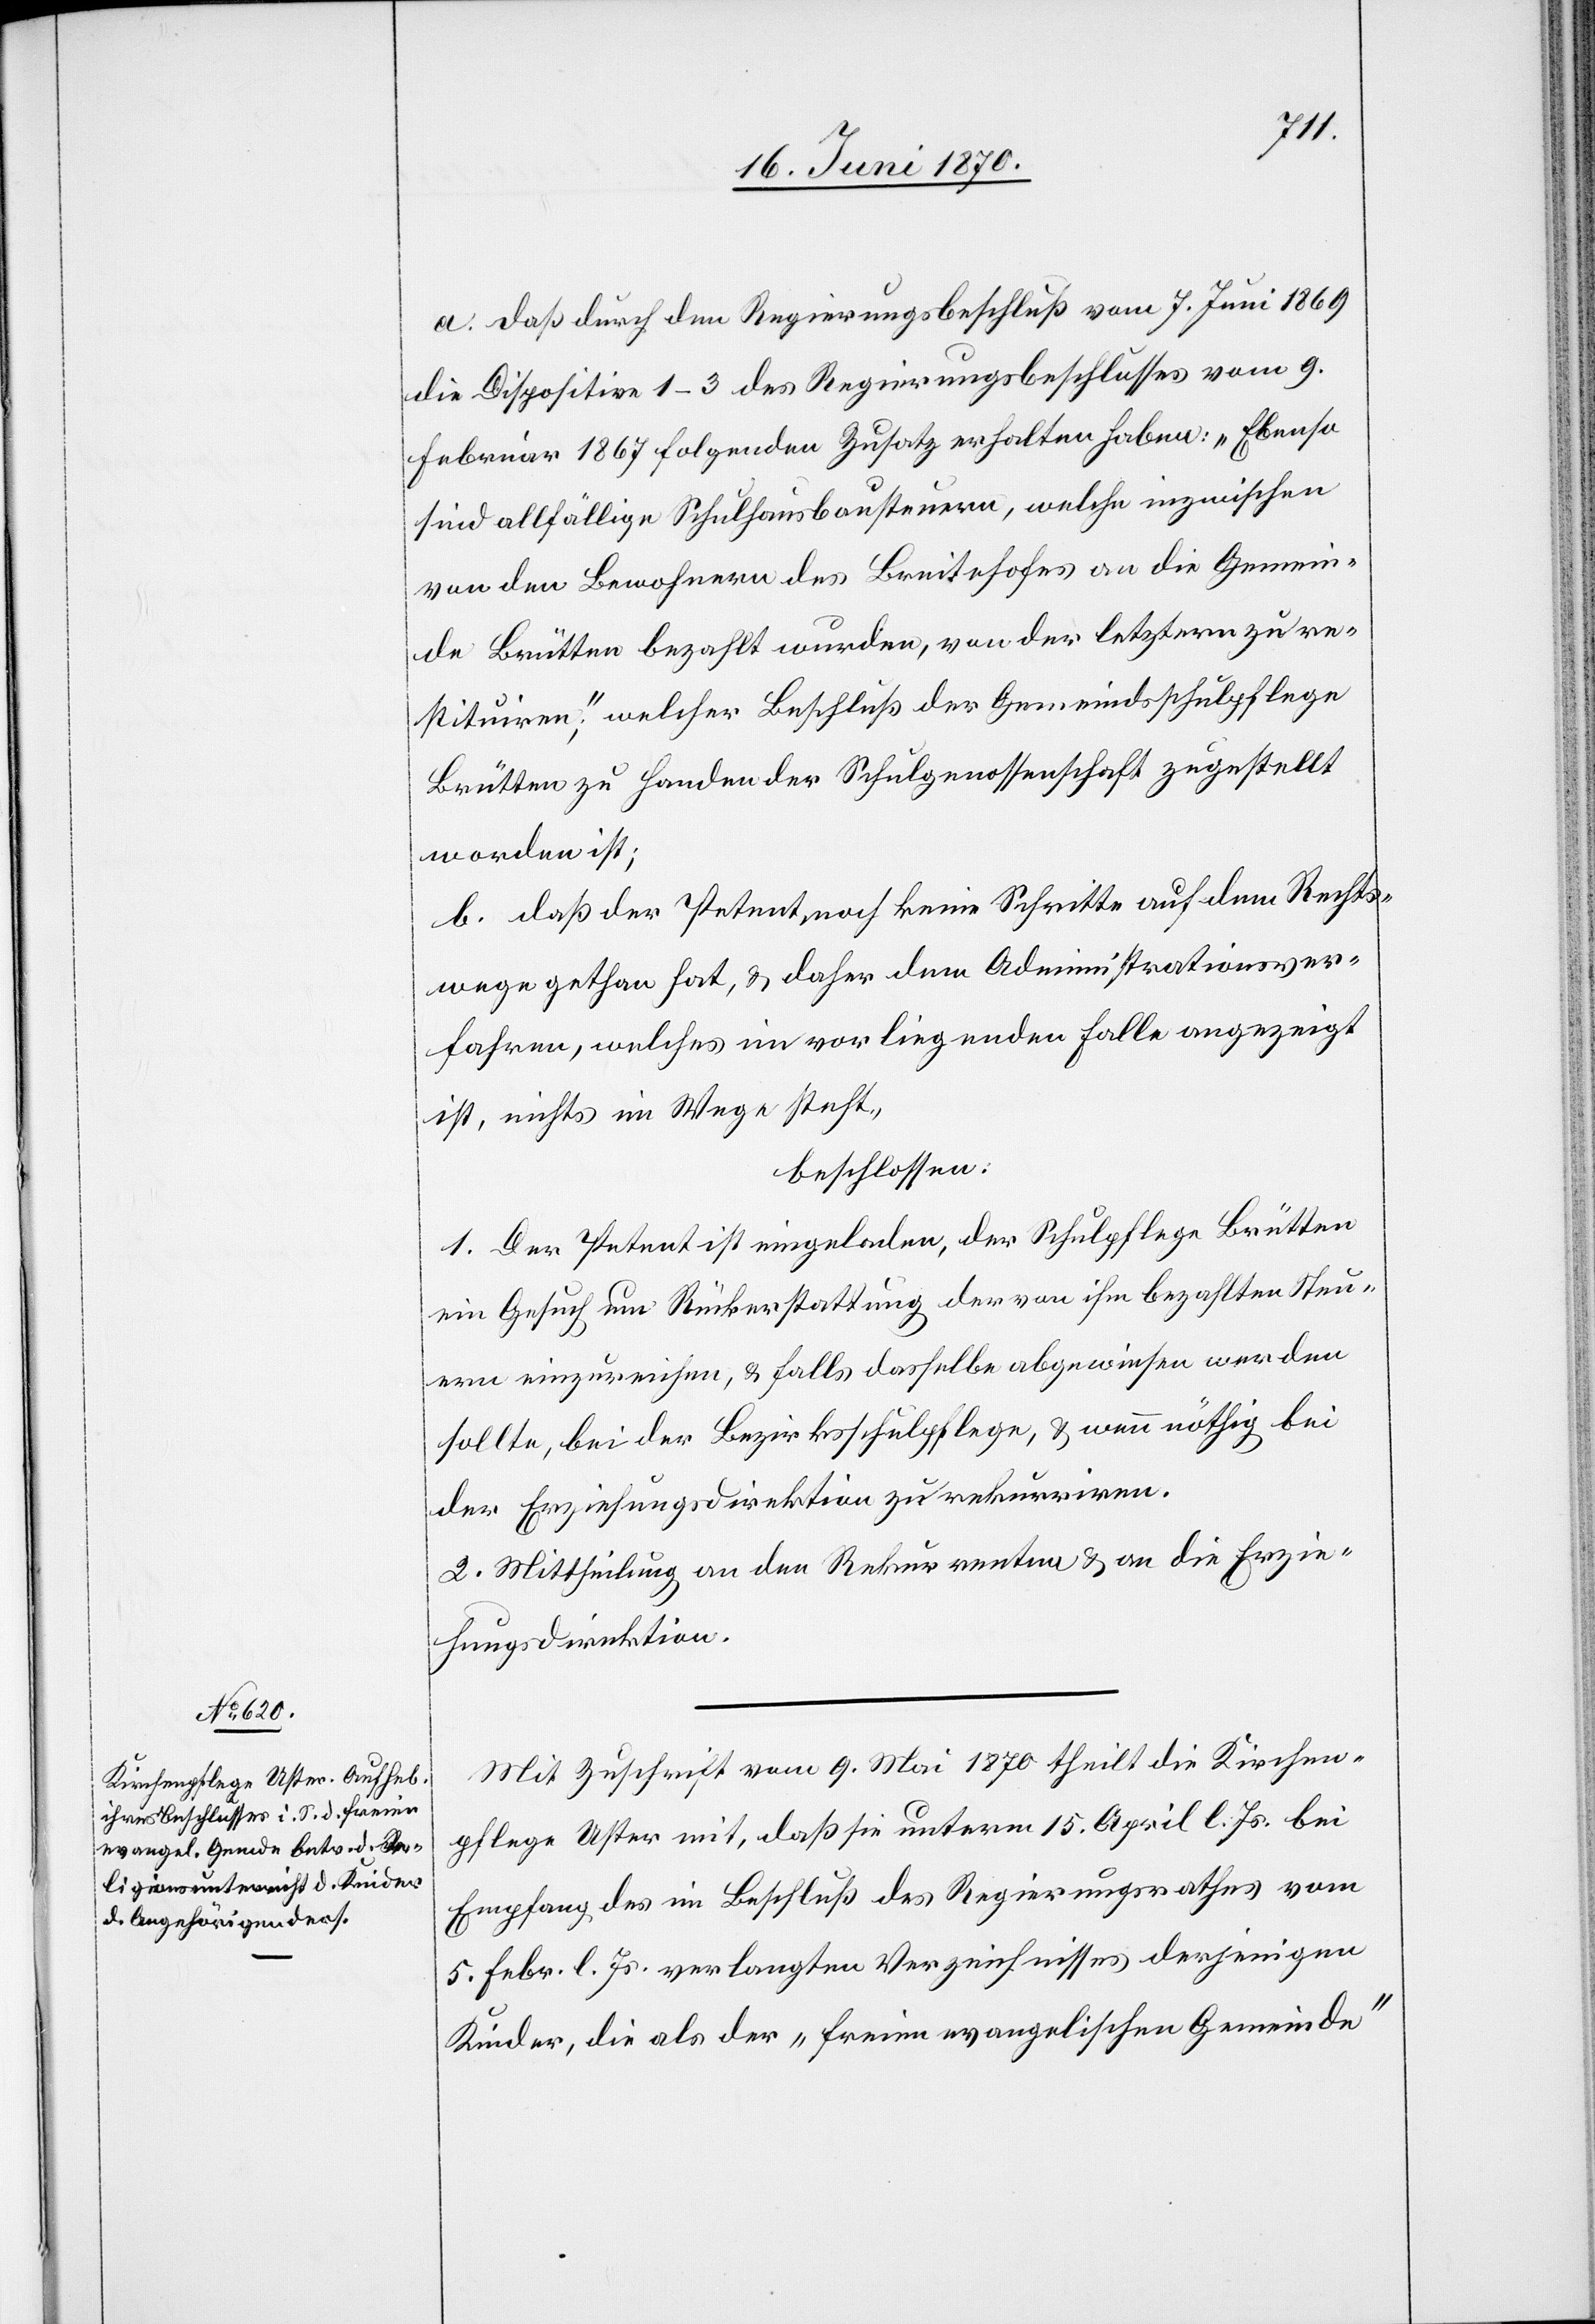
a. daß durch den Regierungsbeschluß vom 7. Juni 1869
die Dispositive 1–3 des Regierungsbeschlusses vom 9.
Februar 1867 folgenden Zusatz erhalten haben: „Ebenso
sind allfällige Schulhausbausteuern, welche inzwischen
von den Bewohnern des Breitehofes an die Gemein¬
de Brütten bezahlt wurden, von der letztern zu re¬
stituiren;“ welcher Beschluß der Gemeindsschulpflege
Brütten zu Handen der Schulgenossenschaft zugestellt
worden ist;
b. daß der Petent noch keine Schritte auf dem Rechts¬
wege gethan hat, & daher dem Administrationsver¬
fahren, welches im vorliegenden Falle angezeigt
ist, nichts im Wege steht,
beschlossen:
1. Der Petent ist eingeladen, der Schulpflege Brütten
ein Gesuch um Rückerstattung der von ihm bezahlten Steu¬
ern einzureichen, & falls dasselbe abgewiesen werden
sollte, bei der Bezirksschulpflege, & wenn nöthig bei
der Erziehungsdirektion zu rekurriren.
2. Mittheilung an den Rekurrenten & an die Erzie¬
hungsdirektion.
Mit Zuschrift vom 9. Mai 1870 theilt die Kirchen¬
pflege Uster mit, daß sie unterm 15. April l. Js. bei
Empfang des im Beschluß des Regierungsrathes vom
5. Febr. l. Js. verlangten Verzeichnisses derjenigen
Kinder, die als der „freien evangelischen Gemeinde“